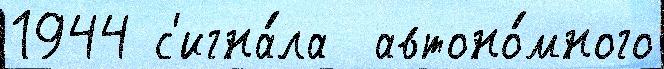
1944 с'игна́ла  автоно́много